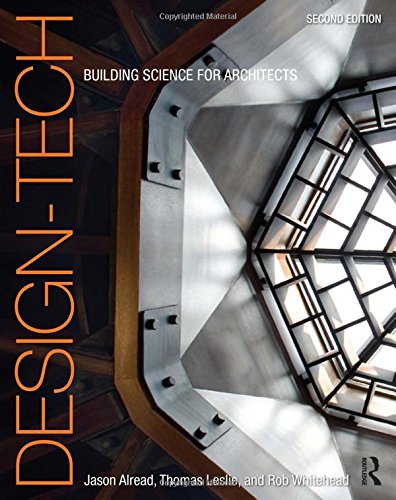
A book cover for Design-Tech: Building Science for Architects; Jason Alread; Crafts, Hobbies & Home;